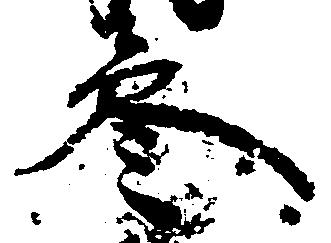
参